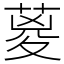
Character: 葼